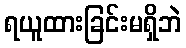
ရယူထားခြင်းမရှိဘဲ